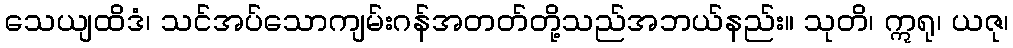
သေယျထိဒံ၊ သင်အပ်သောကျမ်းဂန်အတတ်တို့သည်အဘယ်နည်း။ သုတိ၊ ဣရု၊ ယဇု၊